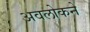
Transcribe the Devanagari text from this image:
अवलोकने